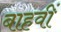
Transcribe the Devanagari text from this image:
बाहवीं